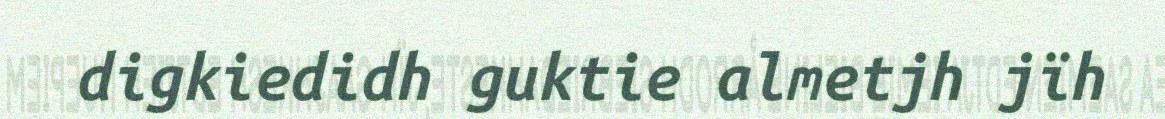
digkiedidh guktie almetjh jïh